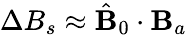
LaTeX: \Delta B_{s}\approx\hat{\mathbf{B}}_{0}\cdot\mathbf{B}_{a}